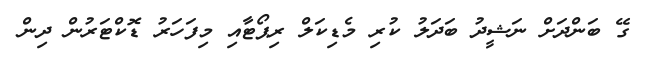
ގޭ ބަންދަށް ނަޝީދު ބަދަލު ކުރި މެޑިކަލް ރިޕޯޓާއި މިފަހަރު ޑޮކްޓަރުން ދިން